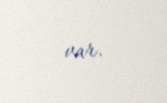
var.